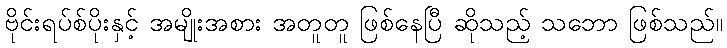
ဗိုင်းရပ်စ်ပိုးနှင့် အမျိုးအစား အတူတူ ဖြစ်နေပြီ ဆိုသည့် သဘော ဖြစ်သည်။